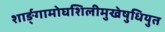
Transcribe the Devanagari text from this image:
शार्ङ्गामोघशिलीमुखेषुधियुत